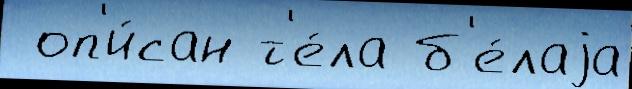
 оп'и́сан т'е́ла б'е́лаjа